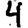
Digit: 4